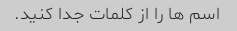
اسم ها را از کلمات جدا کنید.